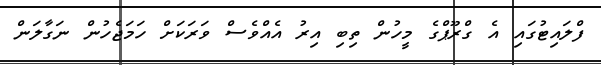
ފްލައިޓުގައި އެ ގްރޫޕްގެ މީހުން ތިބި އިރު އެއްވެސް ވަރަކަށް ހަމަޖެހުން ނަގާލަން